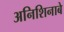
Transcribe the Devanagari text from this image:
अनिशिनाबे